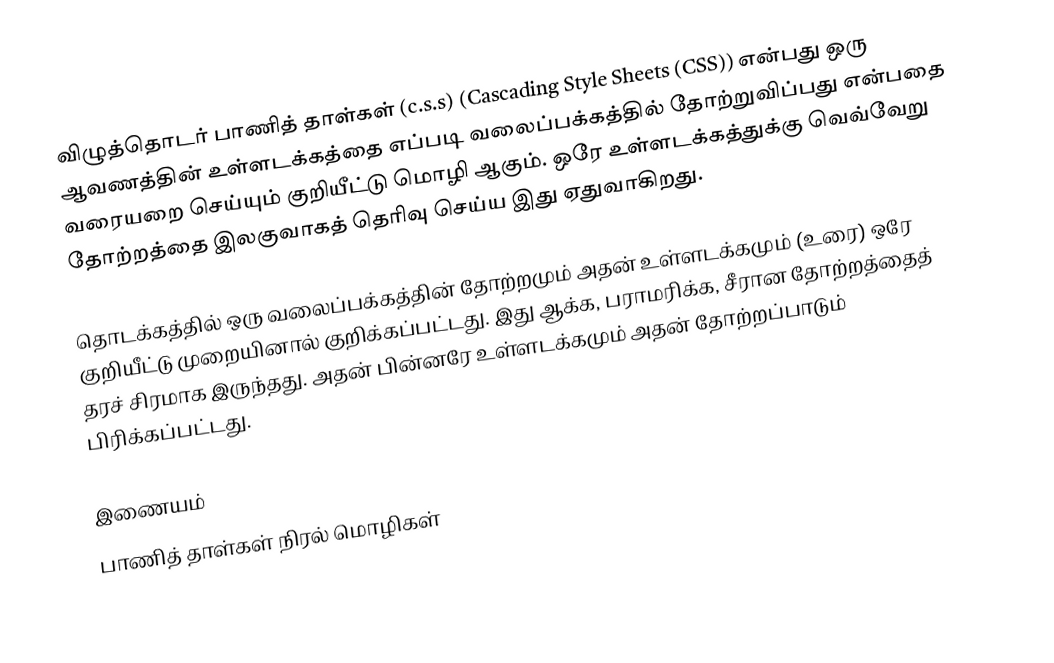
விழுத்தொடர் பாணித் தாள்கள் (c.s.s) (Cascading Style Sheets (CSS)) என்பது ஒரு ஆவணத்தின் உள்ளடக்கத்தை எப்படி வலைப்பக்கத்தில் தோற்றுவிப்பது என்பதை வரையறை செய்யும் குறியீட்டு மொழி ஆகும். ஒரே உள்ளடக்கத்துக்கு வெவ்வேறு தோற்றத்தை இலகுவாகத் தெரிவு செய்ய இது ஏதுவாகிறது.

தொடக்கத்தில் ஒரு வலைப்பக்கத்தின் தோற்றமும் அதன் உள்ளடக்கமும் (உரை) ஒரே குறியீட்டு முறையினால் குறிக்கப்பட்டது. இது ஆக்க, பராமரிக்க, சீரான தோற்றத்தைத் தரச் சிரமாக இருந்தது. அதன் பின்னரே உள்ளடக்கமும் அதன் தோற்றப்பாடும் பிரிக்கப்பட்டது.

இணையம்
பாணித் தாள்கள் நிரல் மொழிகள்